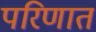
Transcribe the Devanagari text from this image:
परिणात